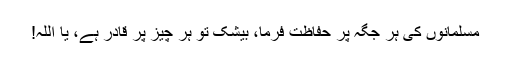
مسلمانوں کی ہر جگہ پر حفاظت فرما، بیشک تو ہر چیز پر قادر ہے، یا اللہ!